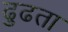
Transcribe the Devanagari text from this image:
ढुढता